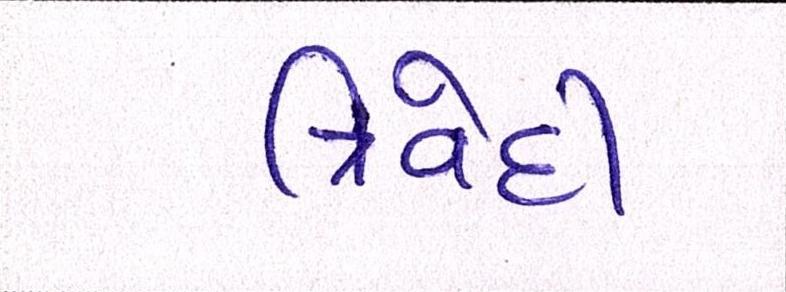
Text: ત્રિવેદી